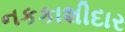
નકકાશીદાર